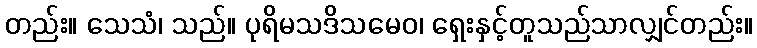
တည်း။ သေသံ၊ သည်။ ပုရိမသဒိသမေဝ၊ ရှေးနှင့်တူသည်သာလျှင်တည်း။